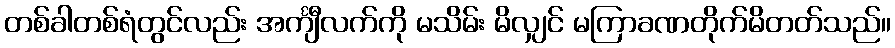
တစ်ခါတစ်ရံတွင်လည်း အင်္ကျီလက်ကို မသိမ်း မိလျှင် မကြာခဏတိုက်မိတတ်သည်။